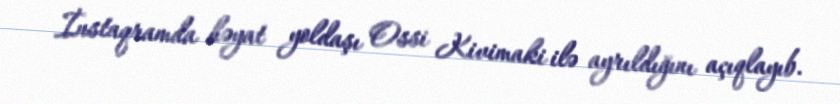
İnstaqramda həyat yoldaşı Ossi Kivimaki ilə ayrıldığını açıqlayıb.